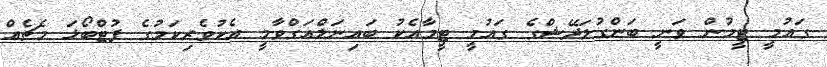
ގައުމީ ޓީމުން ވަނީ ބަންގުލަދޭޝްގެ ގައުމީ ޓީމާއެކު ބައިނަލްއަގްވާމީ އެކުވެރިކަމުގެ ފުޓްބޯޅަ މެޗެއް